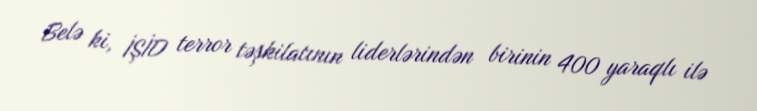
Belə ki, İŞİD terror təşkilatının liderlərindən birinin 400 yaraqlı ilə